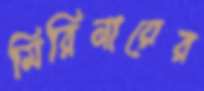
মিরিনায়ের